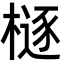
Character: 㯌